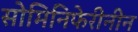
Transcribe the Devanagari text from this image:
सोमिनिफेरीनीन